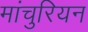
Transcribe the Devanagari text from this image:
मांचुरियन